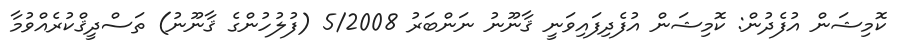
ކޮމިޝަން އުފެދުން: ކޮމިޝަން އުފެދިފައިވަނީ ޤާނޫނު ނަންބަރު 5/2008 (ފުލުހުންގެ ޤާނޫނު) ތަސްދީޤްކުރެއްވުމާ